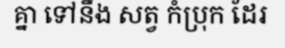
គ្នា ទៅនឹង សត្វ កំប្រុក ដែរ